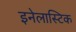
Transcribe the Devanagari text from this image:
इनेलास्टिक